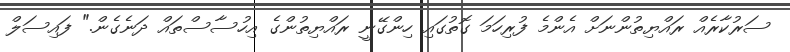
ސަރުކާރެއް ރައްޔިތުންނަށް އެންމެ ފުރިހަމަ ގޮތުގައި ހިންގޭނީ ރައްޔިތުންގެ އިހުސާސްތައް ދަނެގެން." ފައިސަލް